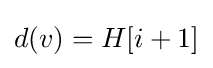
d(v)=H[i+1]